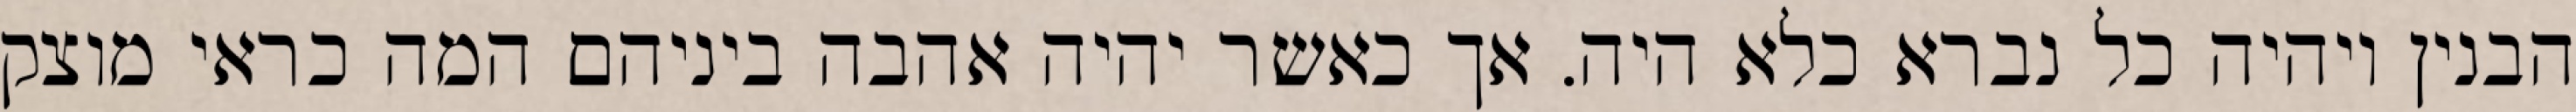
הבנין ויהיה כל נברא כלא היה. אך כאשר יהיה אהבה ביניהם המה כראי מוצק